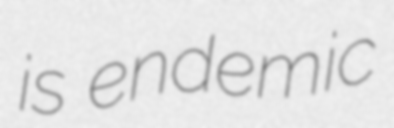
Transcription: is endemic